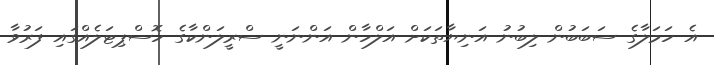
އެ ހަމަލާގެ ސަބަބުން ލިބުނު އަނިޔާތަކަށް އަލްހާން އަންނަނީ ސްރީލަންކާގެ ހޮސްޕިޓަލެއްގައި ފަރުވާ